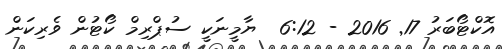
އޮކްޓޯބަރު 17